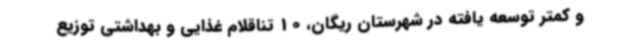
و کمتر توسعه یافته در شهرستان ریگان، 10 تناقلام غذایی و بهداشتی توزیع